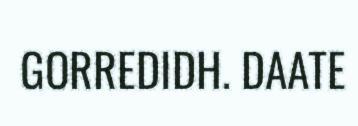
GORREDIDH. DAATE